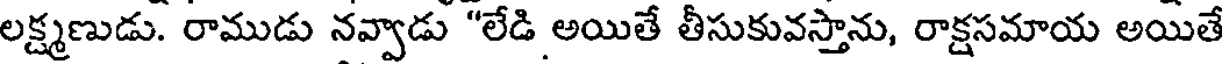
లక్ష్మణుడు. రాముడు నవ్వాడు "లేడి అయితే తీసుకువస్తాను, రాక్షసమాయ అయితే